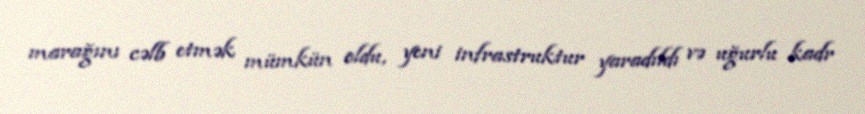
marağını cəlb etmək mümkün oldu, yeni infrastruktur yaradıldı və uğurlu kadr